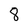
Character: 8